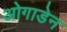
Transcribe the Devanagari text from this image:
ओगाडेन